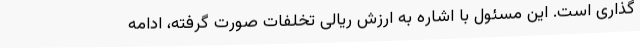
‌گذاری است. این مسئول با اشاره به ارزش ریالی تخلفات صورت گرفته، ادامه